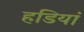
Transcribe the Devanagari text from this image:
हडियां